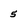
Character: 5